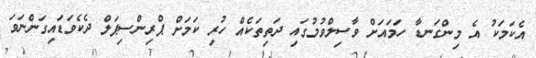
އެކަމަކު އެ މިންގަނޑާ ހަމައަށް ވާސިލްވުމުގައި ދަތިތަކެއް ހުރި ކަމަށް ޕްރިންސިޕަލް ދެކެވަޑައިގަންނަވަ